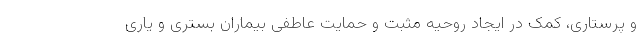
و پرستاری، کمک در ایجاد روحیه مثبت و حمایت عاطفی بیماران بستری و یاری